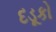
દડૂકો